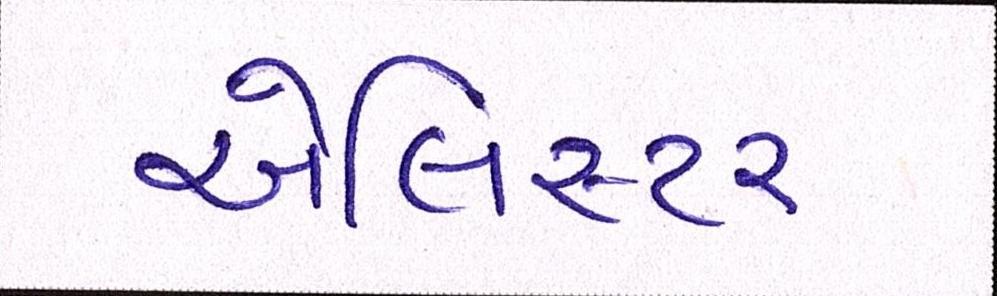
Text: એલિસ્ટર